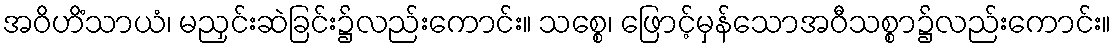
အဝိဟိံသာယံ၊ မညှင်းဆဲခြင်း၌လည်းကောင်း။ သစ္စေ၊ ဖြောင့်မှန်သောအဝီသစ္စာ၌လည်းကောင်း။